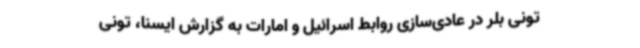
تونی بلر در عادی‌سازی روابط اسرائیل و امارات به گزارش ایسنا، تونی